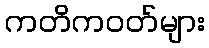
ကတိကဝတ်များ